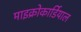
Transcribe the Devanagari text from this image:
माइक्रोकार्डियाल